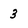
Character: 3